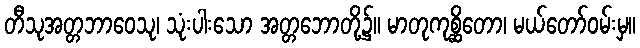
တီသုအတ္တဘာဝေသု၊ သုံးပါးသော အတ္တဘောတို့၌။ မာတုကုစ္ဆိတော၊ မယ်တော်ဝမ်းမှ။